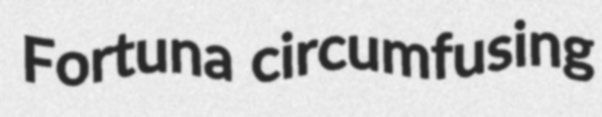
Fortuna circumfusing